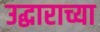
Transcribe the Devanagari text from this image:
उद्धाराच्या